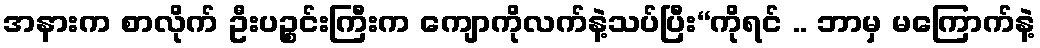
အနားက စာလိုက် ဦးပဉ္စင်းကြီးက ကျောကိုလက်နဲ့သပ်ပြီး“ကိုရင် .. ဘာမှ မကြောက်နဲ့